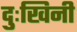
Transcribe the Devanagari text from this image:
दुःखिनी